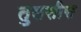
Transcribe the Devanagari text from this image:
तुलसीस